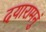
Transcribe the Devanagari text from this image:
दयारामनुं